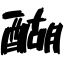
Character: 醐